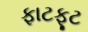
ફાટફૂટ